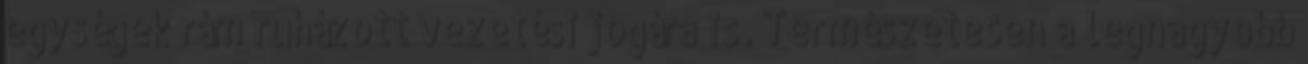
egységek rám ruházott vezetési jogára is. Természetesen a legnagyobb